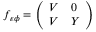
f _ { \varepsilon \phi } = \left( \begin{array} { l l } { V } & { 0 } \\ { V } & { Y } \end{array} \right)